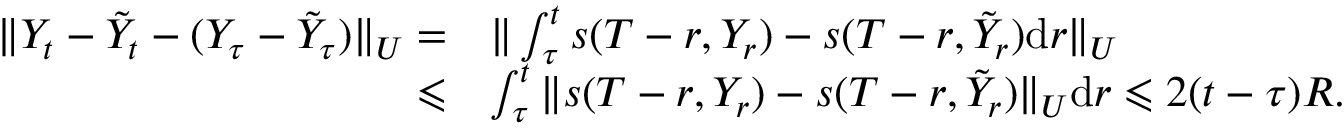
\begin{array} { r l } { \| Y _ { t } - \tilde { Y } _ { t } - ( Y _ { \tau } - \tilde { Y } _ { \tau } ) \| _ { U } = } & { \| \int _ { \tau } ^ { t } s ( T - r , Y _ { r } ) - s ( T - r , \tilde { Y } _ { r } ) \mathrm { d } r \| _ { U } } \\ { \leqslant } & { \int _ { \tau } ^ { t } \| s ( T - r , Y _ { r } ) - s ( T - r , \tilde { Y } _ { r } ) \| _ { U } \mathrm { d } r \leqslant 2 ( t - \tau ) R . } \end{array}